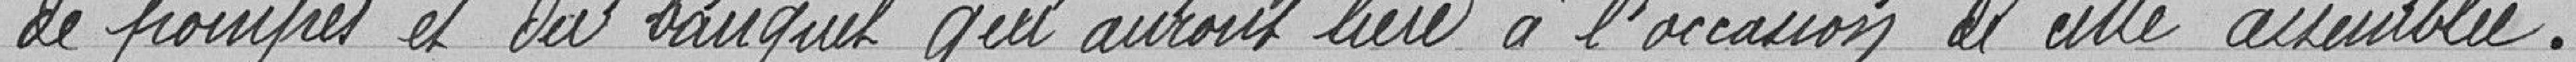
de pompes et du banquet qui auront lieu à l'occasion de cette assemblée